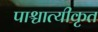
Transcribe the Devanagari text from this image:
पाश्चात्यीकृत